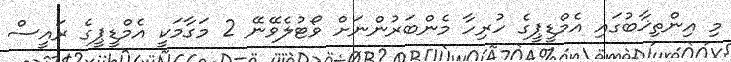
މި އިންތިޚާބުގައި އެމްޑީޕީގެ ހުރިހާ މެންބަރުންނަށް ވޯޓުލެވޭނޭ 2 މަގާމަކީ އެމްޑީޕީގެ ރައީސް